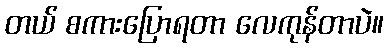
တယ် စကားပြောရတာ လေကုန်တာပဲ။